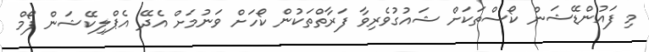
މި ފައުންޑޭޝަން ކޯސްތަކަށް ޝައުގުވެރިވާ ފަރާތްތަކުން ކޯހަށް ވަނުމަށް އެދޭ އެޕްލިކޭޝަން ފޯމް